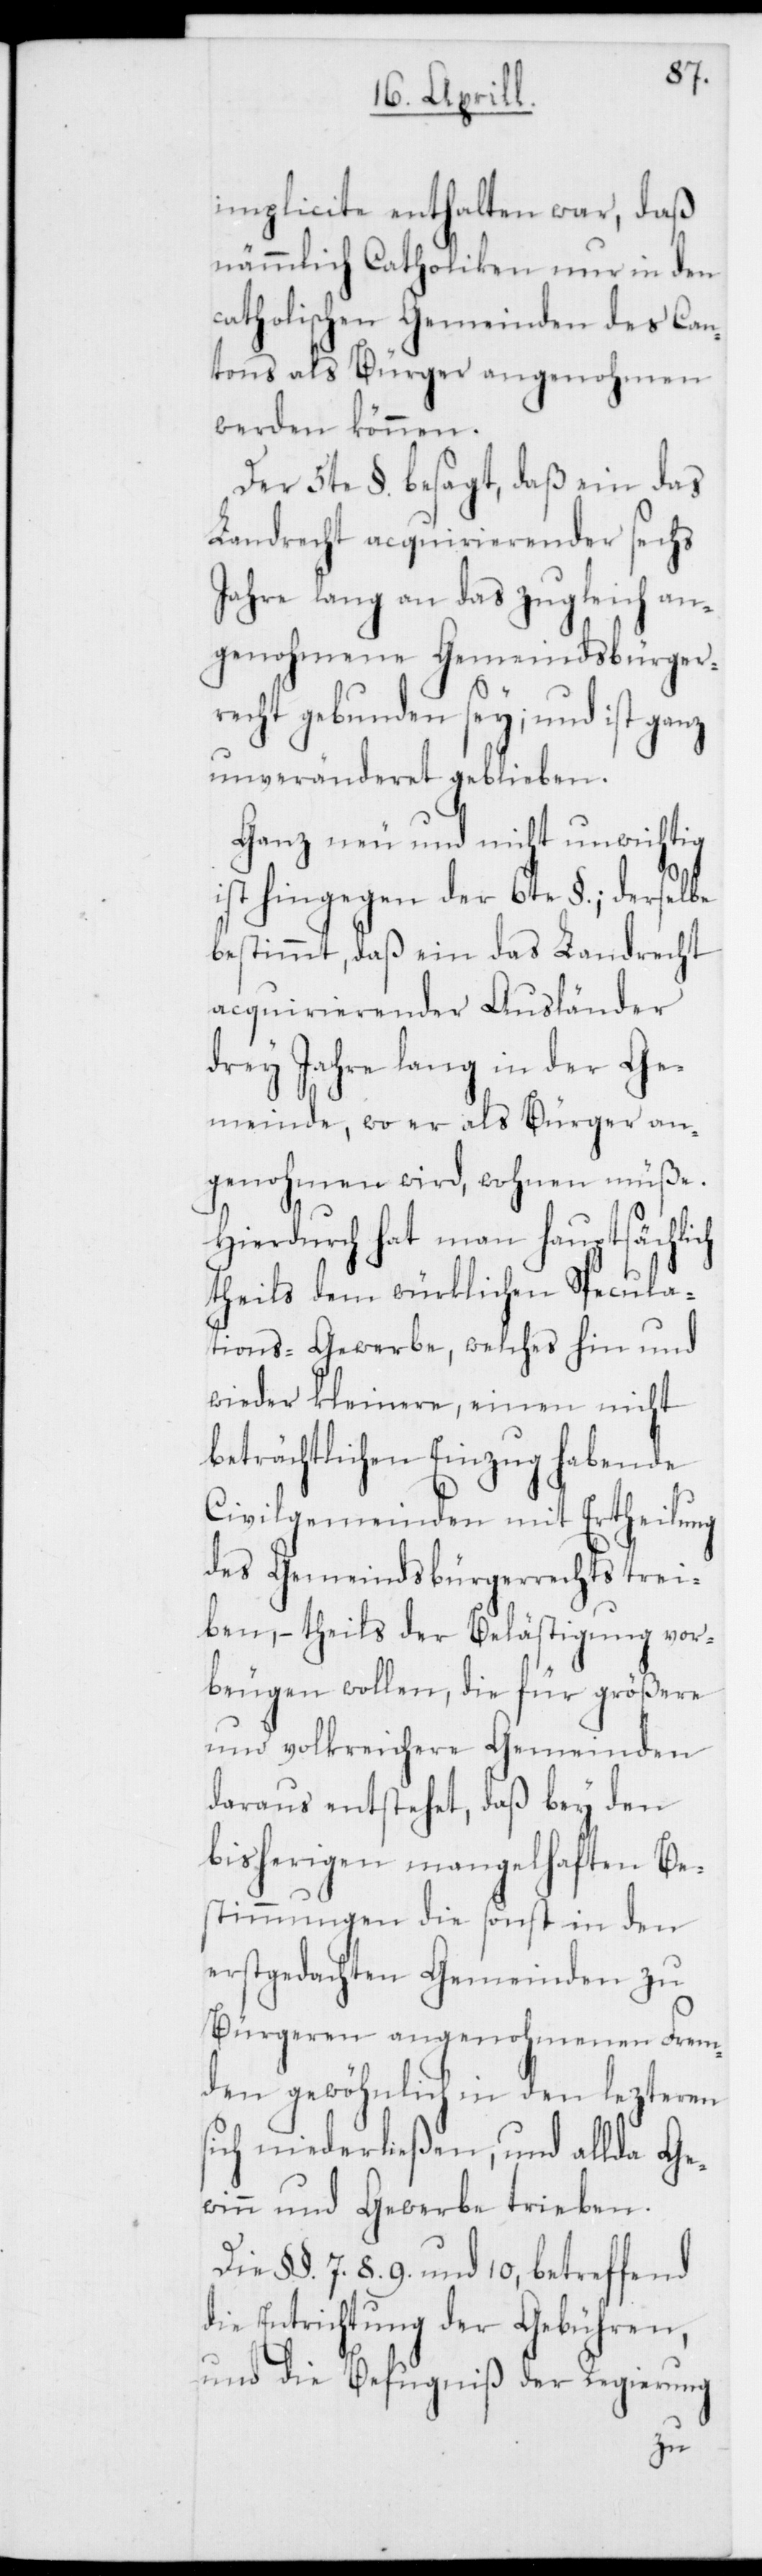
implicite enthalten war, daß
nämmlich Catholiken nur in den
catholischen Gemeinden des Can¬
tons als Bürger angenohmen
werden können.
Der 5te §. besagt, daß ein das
Landrecht acquirierender sechs
Jahre lang an das zugleich an¬
genohmene Gemeindsbürger¬
recht gebunden sey; und ist ganz
unveränderet geblieben.
Ganz neu und nicht unwichtig
ist hingegen der 6te §.; derselbe
bestimmt, daß ein das Landrecht
acquirierender Ausländer
drey Jahre lang in der Ge¬
meinde, wo er als Bürger an¬
genohmen wird, wohnen müße.
Hierdurch hat man hauptsächlich
theils dem würklichen Specula¬
tions-Gewerbe, welches hin und
wieder kleinere, einen nicht
beträchtlichen Einzug habende
Civilgemeinden mit Ertheilung
des Gemeindsbürgerrechts trei¬
ben, – theils der Belästigung vor¬
beugen wollen, die für größere
und volkreichere Gemeinden
daraus entstehet, daß bey den
bisherigen mangelhaften Be¬
stimmungen die sonst in den
erstgedachten Gemeinden zu
Bürgeren angenohmenen Frem¬
den gewöhnlich in den lezteren
sich niederließen, und allda Ge¬
winn und Gewerbe trieben.
8.[,] 9. und 10, betreffend
die Entrichtung der Gebühren,
und die Befugniß der Regierung